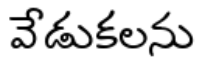
వేడుకలను